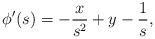
LaTeX: \begin{align*}\phi^\prime(s)=-\frac{x}{s^2}+y-\frac{1}{s},\end{align*}